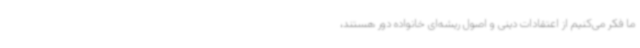
ما فکر می‌کنیم از اعتقادات دینی و اصول ریشه‌ای خانواده دور هستند،